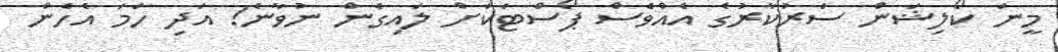
މީނަ ކޯލިޝަން ސަރުކާރުގެ އެއްވެސް ޕޯސްޓަކަށް ލައިގެން ނުވާނެ! އަދި ހަމަ އެހެން